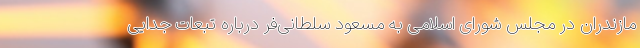
مازندران در مجلس شورای اسلامی به مسعود سلطانی‌فر درباره تبعات جدایی